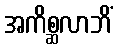
အကိစ္ဆလာဘိံ